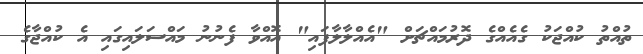
ތުއްތު ކުއްޖަކު ގެއެއްގެ ދޮރުމައްޗަށް "އެއްލާލާފައި" އޮއްވާ ފެނުނު މައްސަލައިގައި އެ ކުއްޖާގެ